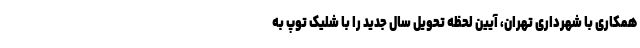
همکاری با شهرداری تهران، آیین لحظه تحویل سال جدید را با شلیک توپ به